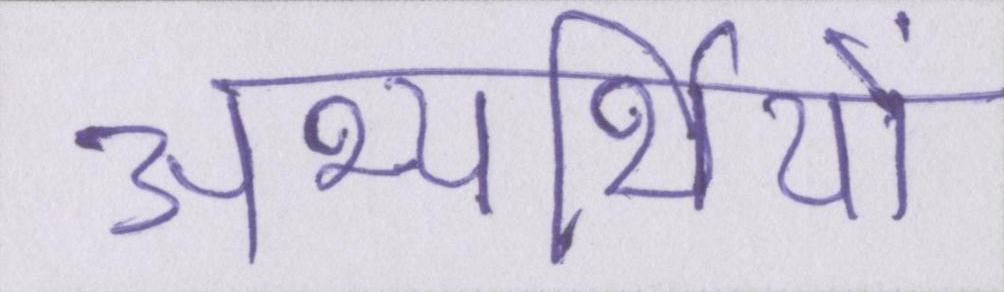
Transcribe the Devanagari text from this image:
अभ्यर्थियों